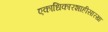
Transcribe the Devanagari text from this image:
एकाधिकारशाहीसारखा